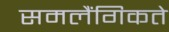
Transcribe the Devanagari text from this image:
समलैंगिकते